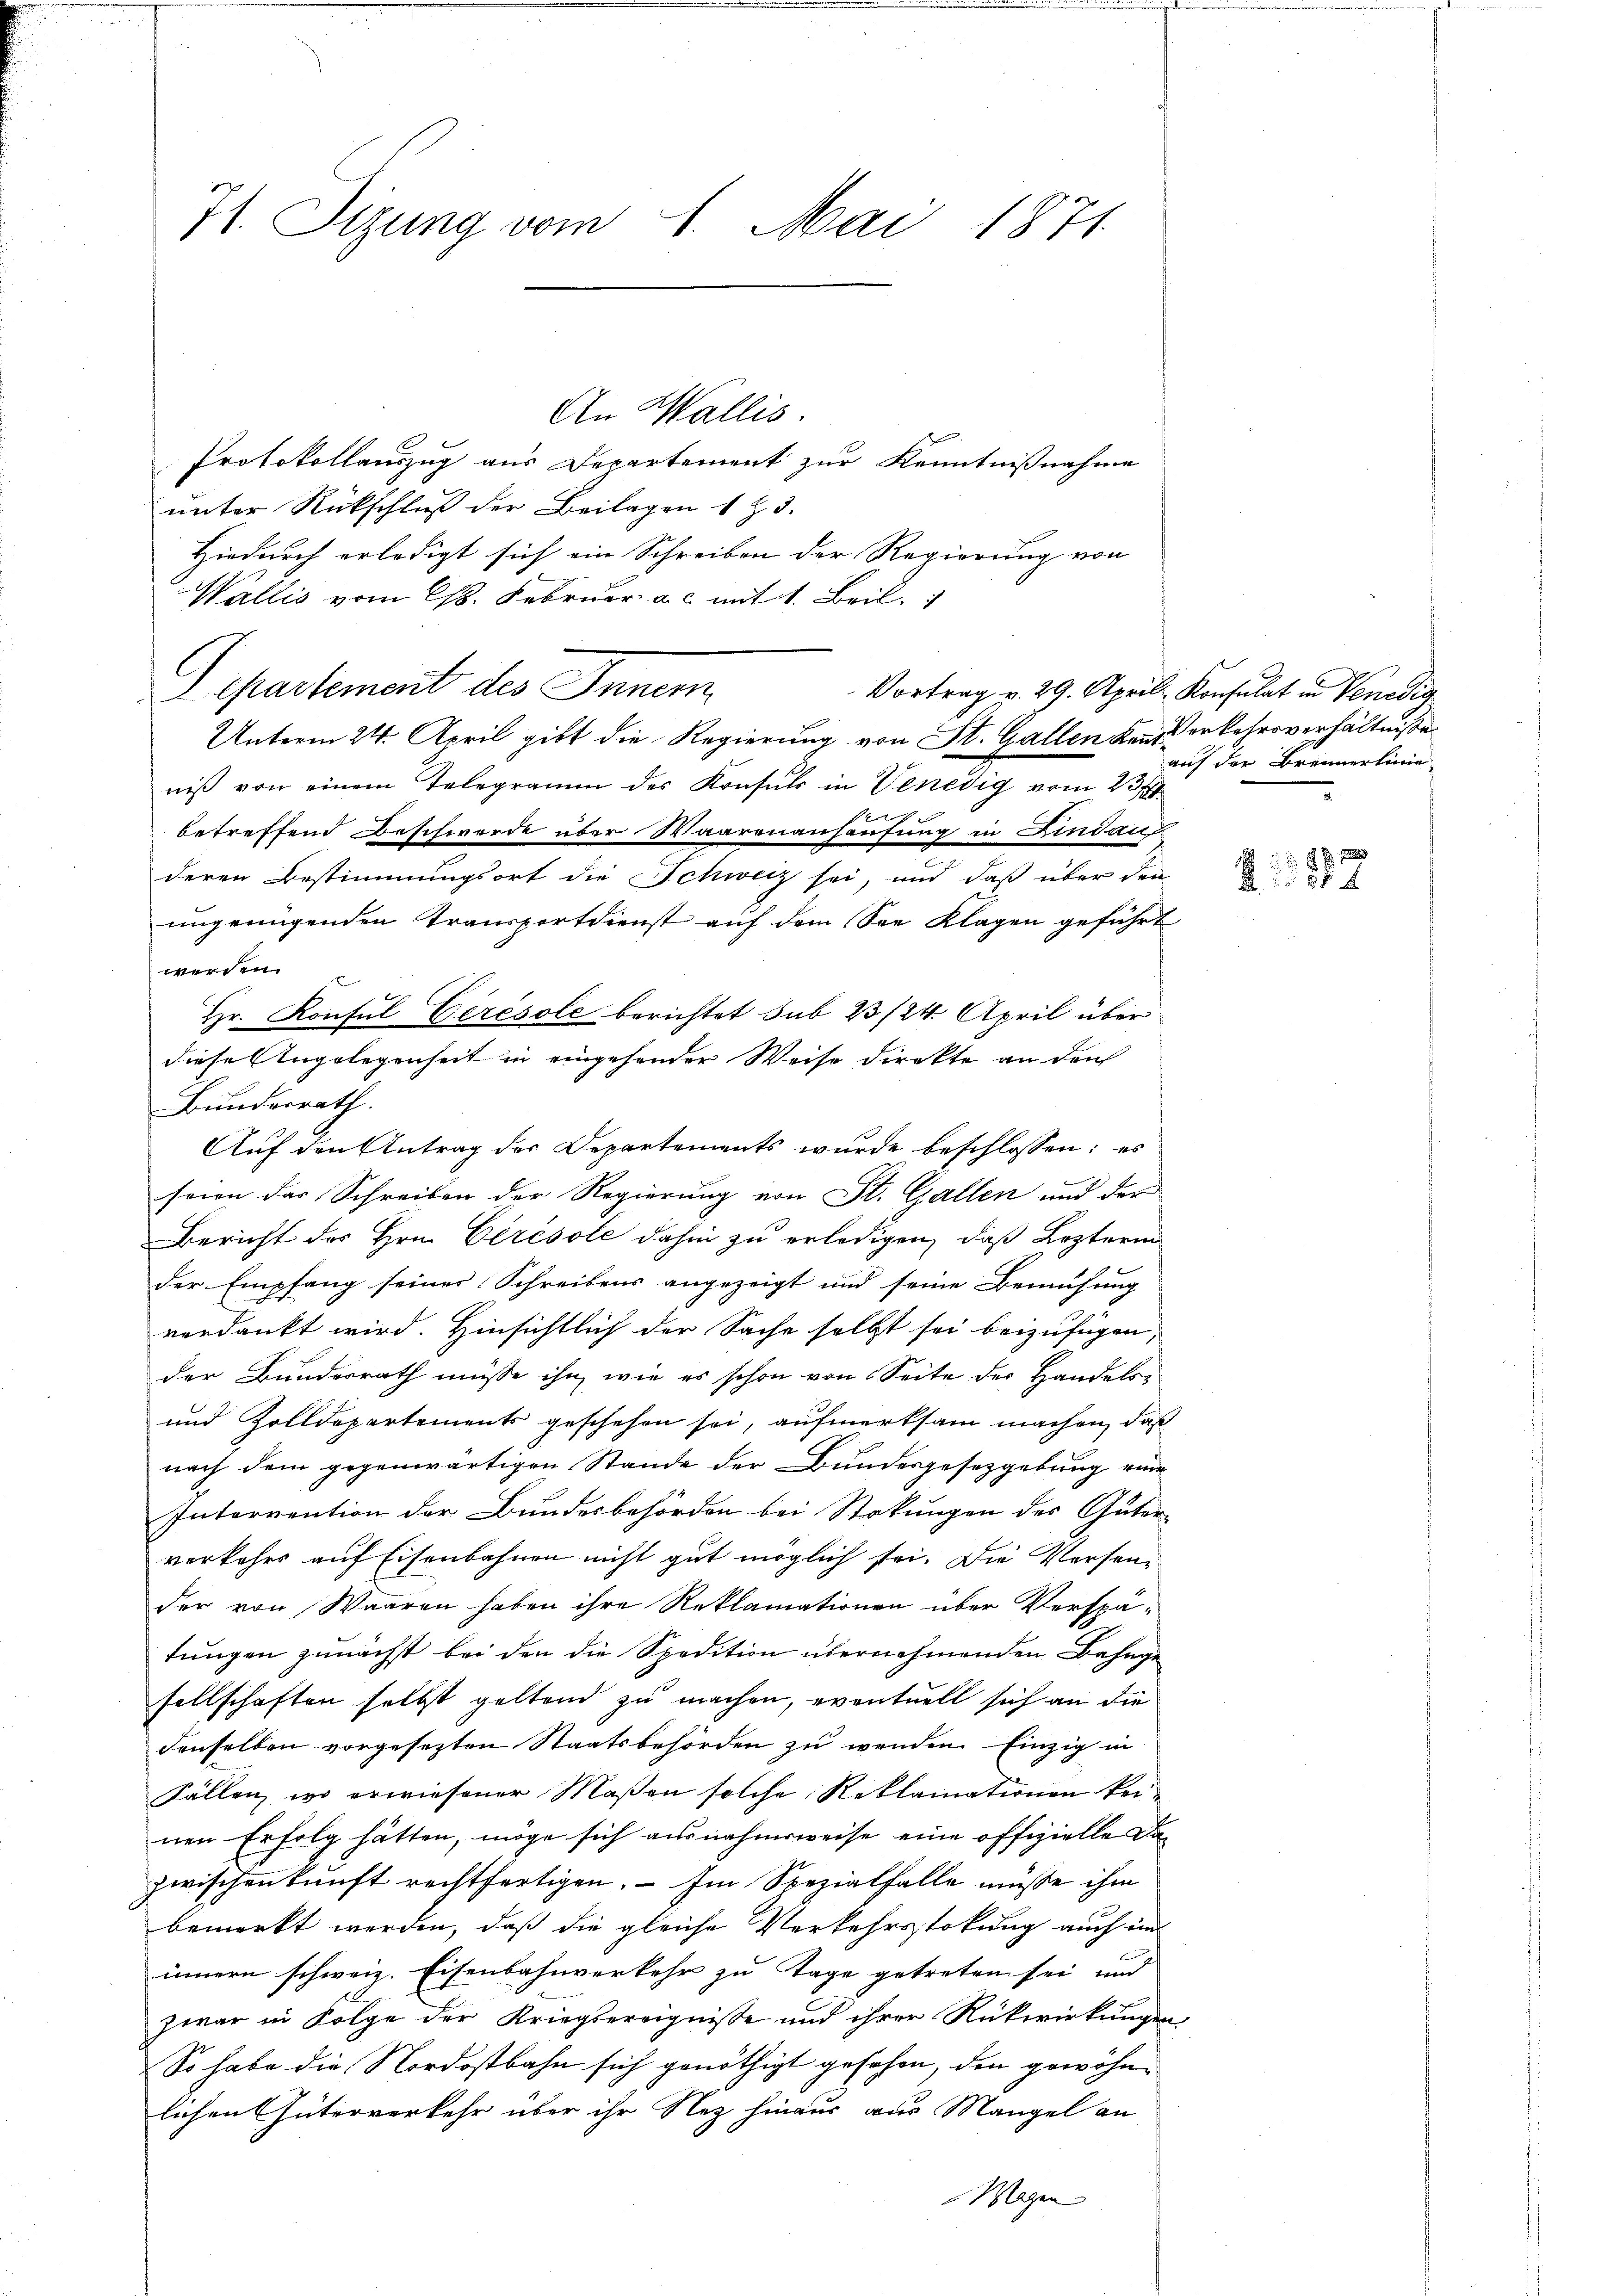
71. Sizung vom 1. Mai 1871

An Wallis.
Protokollauszug aus Departement zur Kenntnißnahme
unter Rückschluß der Beilagen 1 & 3.
Hiedurch erledigt sich ein Schreiben der Regierung von
Wallis vom 18. Februar a. c. mit 1. Beil.
Separtement des Inner
niß von einem Telegramm des Konsuls in Venedig vom 23.
betreffend Beschwerde über Waarenanhausung in Lindau
deren Bestimmungsort die Schweiz sei, und daß über den
ungenügenden Transportdienst auf dem See Klagen geführt
werden.
Hr. Konsul Gerésole berichtet sub 23/24. April über
diese Angelegenheit in eingehender Weise direkte an den
Bundesrath.
Auf den Antrag der Departements wurde beschlossen: es
soin das Schreiben der Regierung von St. Gallen und der
Bericht des Hrn. Cirésole dahin zu erledigen, daß Lezteren
der Empfang seiner Schreibens angezeigt und seine Bemühung
verdankt wird. Hinsichtlich der Sache selbst sei beizufügen,
der Bundesrath müsse ihn, wie es schon von Seite der Handels-
und Zolldepartements geschehen sei, aufmerksam machen, daß
nach dem gegenwärtigen Stande der Bundesgesetzgebung eine
Intervention der Bundesbehörden bei Stockungen des Güter-
verkehrs auf Eisenbahnen nicht gut möglich sei. Die Versender von Waaren haben ihre Reklamationen über Verspätungen zunächst bei den die Spedition übernehmenden Bahngesellschaften selbst geltend zu machen, eventuell sich an die
denselben vorgesezten Staatsbehörden zu wenden. Einzig in
Fällen, wo erwiesener Maßen solche Reklamationen keinen Erfolg hätten, möge sich ausnahmsweise eine offizielle Dazwischenkunft rechtfertigen. – Im Spezialfalle müsse ihm
bemerkt werden, daß die gleiche Verkehrsstokung auch und
innern schweiz. Eisenbahnverkehr zu Tage getreten sei, und
zwar in Folge der Kriegsereignisse und ihrer Rückwirkungen
So habe die Nordostbahn sich genöthigt gesehen, den gewöhnlichen Güterverkehr über ihr Nez hinaus aus Mangel an
Wagen

Unterm 24. April gibt die Regierung von St. Gallen den erkehrsverhältniße

Vortrag v. 29. Aprill Konsulat in Venedia

auf der Brennerleine

9 x
854